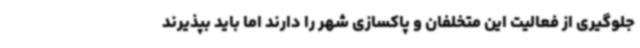
جلوگیری از فعالیت این متخلفان و پاکسازی شهر را دارند اما باید بپذیرند